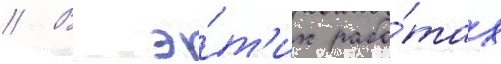
// В э́т'их рабо́тах